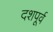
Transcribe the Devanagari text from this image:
दशपूर्व